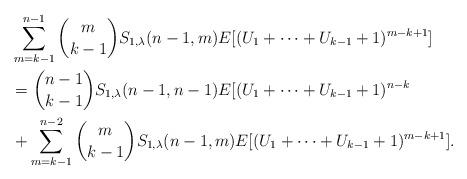
LaTeX: \begin{align*}&\sum_{m=k-1}^{n-1} {m \choose k-1} S_{1,\lambda }(n-1,m) E[(U_1+\cdots +U_{k-1}+1)^{m-k+1}]\\&= {n-1 \choose k-1} S_{1,\lambda }(n-1,n-1) E[(U_1+\cdots+U_{k-1}+1)^{n-k}\\&+ \sum_{m=k-1}^{n-2}{m \choose k-1} S_{1,\lambda }(n-1,m) E[(U_1+\cdots +U_{k-1}+1)^{m-k+1}].\end{align*}